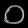
Digit: ၀